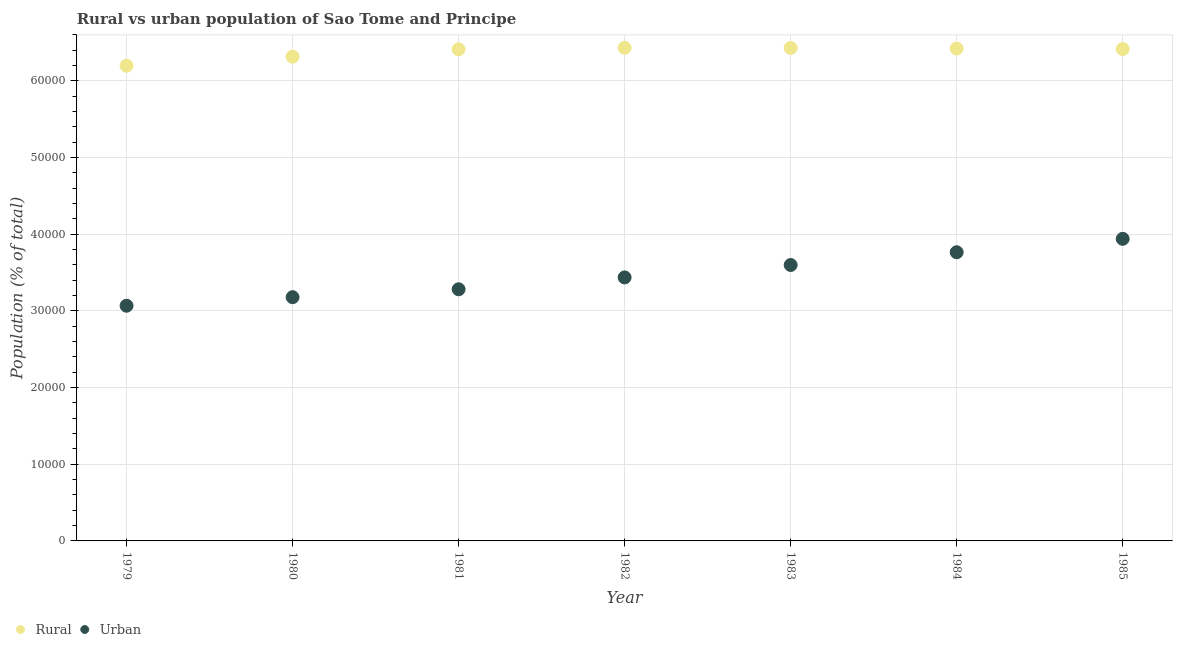
| Year | Rural | Urban |
 | --- | --- | --- |
 | 1979 | 6.2e+04 | 3.07e+04 |
 | 1980 | 6.32e+04 | 3.18e+04 |
 | 1981 | 6.41e+04 | 3.28e+04 |
 | 1982 | 6.43e+04 | 3.44e+04 |
 | 1983 | 6.43e+04 | 3.6e+04 |
 | 1984 | 6.42e+04 | 3.77e+04 |
 | 1985 | 6.42e+04 | 3.94e+04 |